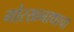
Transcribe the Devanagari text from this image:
गोरखनाथाचा